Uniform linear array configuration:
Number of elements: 4
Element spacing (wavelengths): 1
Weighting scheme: uniform
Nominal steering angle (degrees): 15
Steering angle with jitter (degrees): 13.625
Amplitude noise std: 0.05
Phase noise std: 0.05

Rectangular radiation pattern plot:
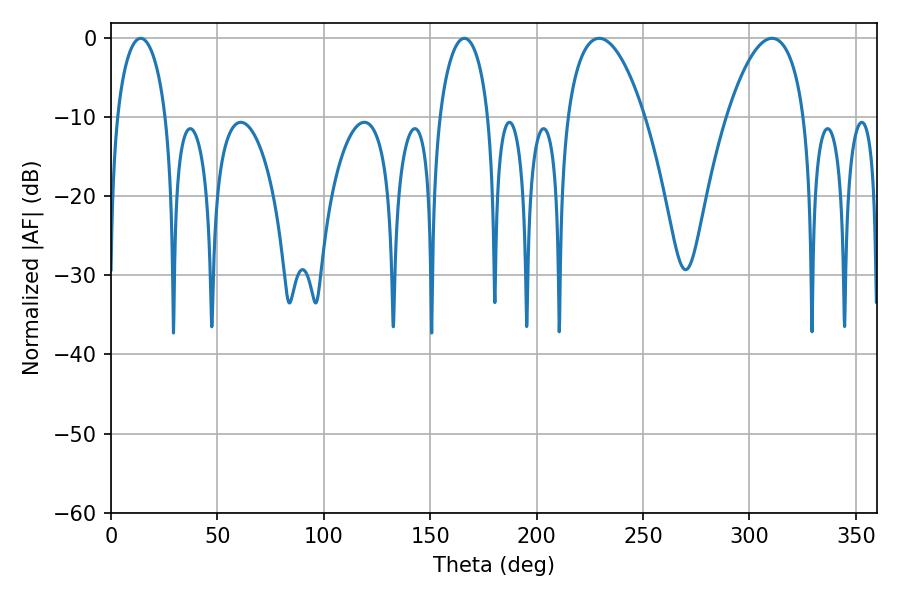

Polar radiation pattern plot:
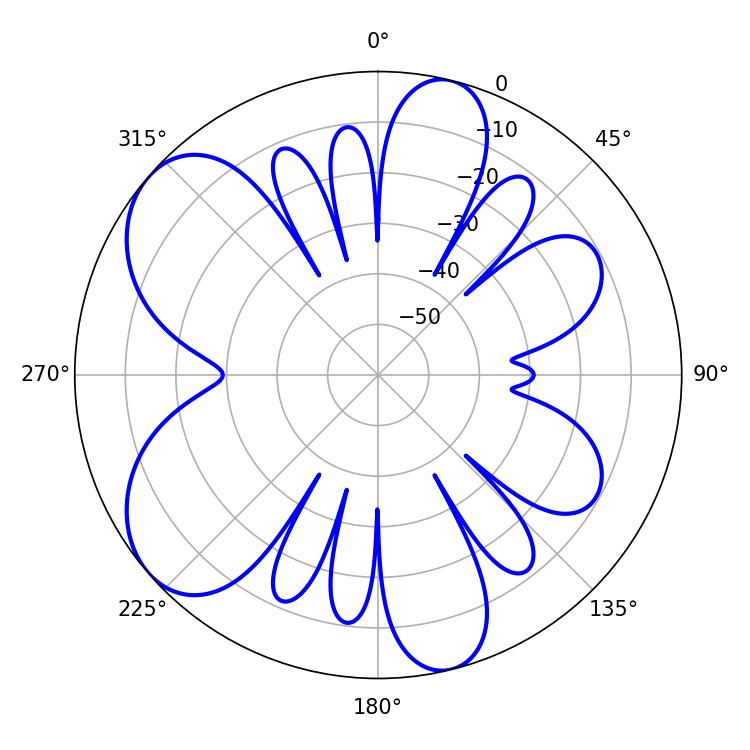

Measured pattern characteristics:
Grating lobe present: TRUE
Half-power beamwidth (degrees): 20.34
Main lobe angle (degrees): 229.32